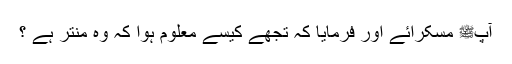
آپﷺ مسکرائے اور فرمایا کہ تجھے کیسے معلوم ہوا کہ وہ منتر ہے ؟